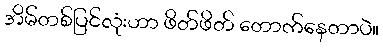
အိမ်တစ်ပြင်လုံးဟာ ဖိတ်ဖိတ် တောက်နေတာပဲ။